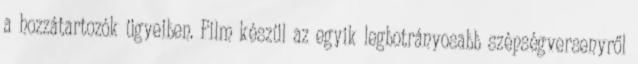
a hozzátartozók ügyeiben. Film készül az egyik legbotrányosabb szépségversenyről